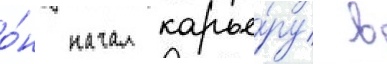
о́н начал карье́ру в